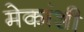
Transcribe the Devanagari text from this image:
मेकांशी